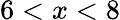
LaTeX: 6<x<8